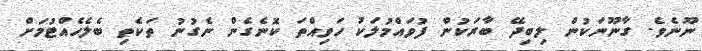
ނޫނެވެ. ގާނޫނަކުން ލިބިދޭ ބާރަކުން ފުވައްމުލަކު ހަވިއްތަ ކޮނެގެން ނެގުނު ތަކެތި ބެލެހެއްޓުމަށް